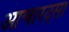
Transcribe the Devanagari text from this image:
आचारदसा